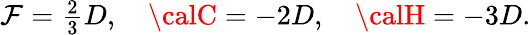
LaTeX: \mathcal{F}={\textstyle\frac{{2}}{{3}}D},\quad{\calC}=-2D,\quad{\calH}=-3D.